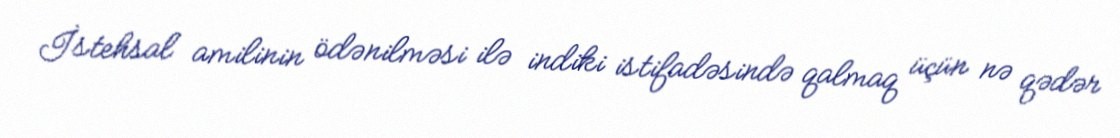
İstehsal amilinin ödənilməsi ilə indiki istifadəsində qalmaq üçün nə qədər